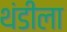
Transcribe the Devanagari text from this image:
थंडीला